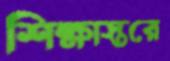
শিক্ষাস্তরে